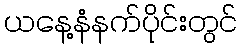
ယနေ့နံနက်ပိုင်းတွင်